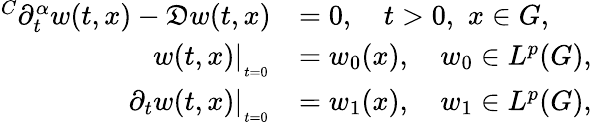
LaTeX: \begin{array}{rl}{^{C}\partial_{t}^{\alpha}w(t,x)-\mathfrak{D}w(t,x)}&{=0,\quad t>0,\, \, x\in G,}\\ {w(t,x)|_{_{_{t=0}}}}&{=w_{0}(x),\quad w_{0}\in L^{p}(G),}\\ {\partial_{t}w(t,x)|_{_{_{t=0}}}}&{=w_{1}(x),\quad w_{1}\in L^{p}(G),}\end{array}